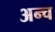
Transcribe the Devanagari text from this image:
अन्च